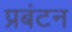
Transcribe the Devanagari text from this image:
प्रबंटन